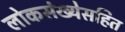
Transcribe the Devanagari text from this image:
लोकसंख्येसहित